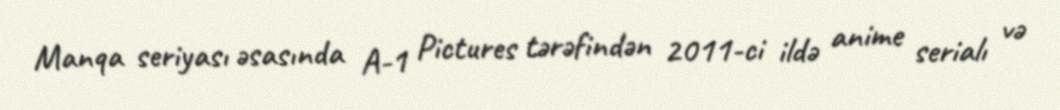
Manqa seriyası əsasında A-1 Pictures tərəfindən 2011-ci ildə anime serialı və